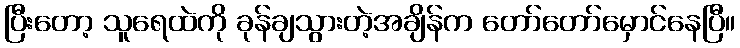
ပြီးတော့ သူရေထဲကို ခုန်ချသွားတဲ့အချိန်က တော်တော်မှောင်နေပြီ။